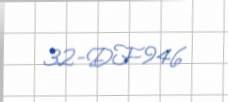
32-DF-946